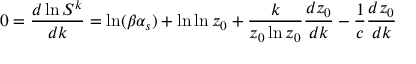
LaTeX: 0 = \frac { d \ln S ^ { k } } { d k } = \ln ( \beta \alpha _ { s } ) + \ln \ln z _ { 0 } + \frac { k } { z _ { 0 } \ln z _ { 0 } } \frac { d z _ { 0 } } { d k } - \frac { 1 } { c } \frac { d z _ { 0 } } { d k }